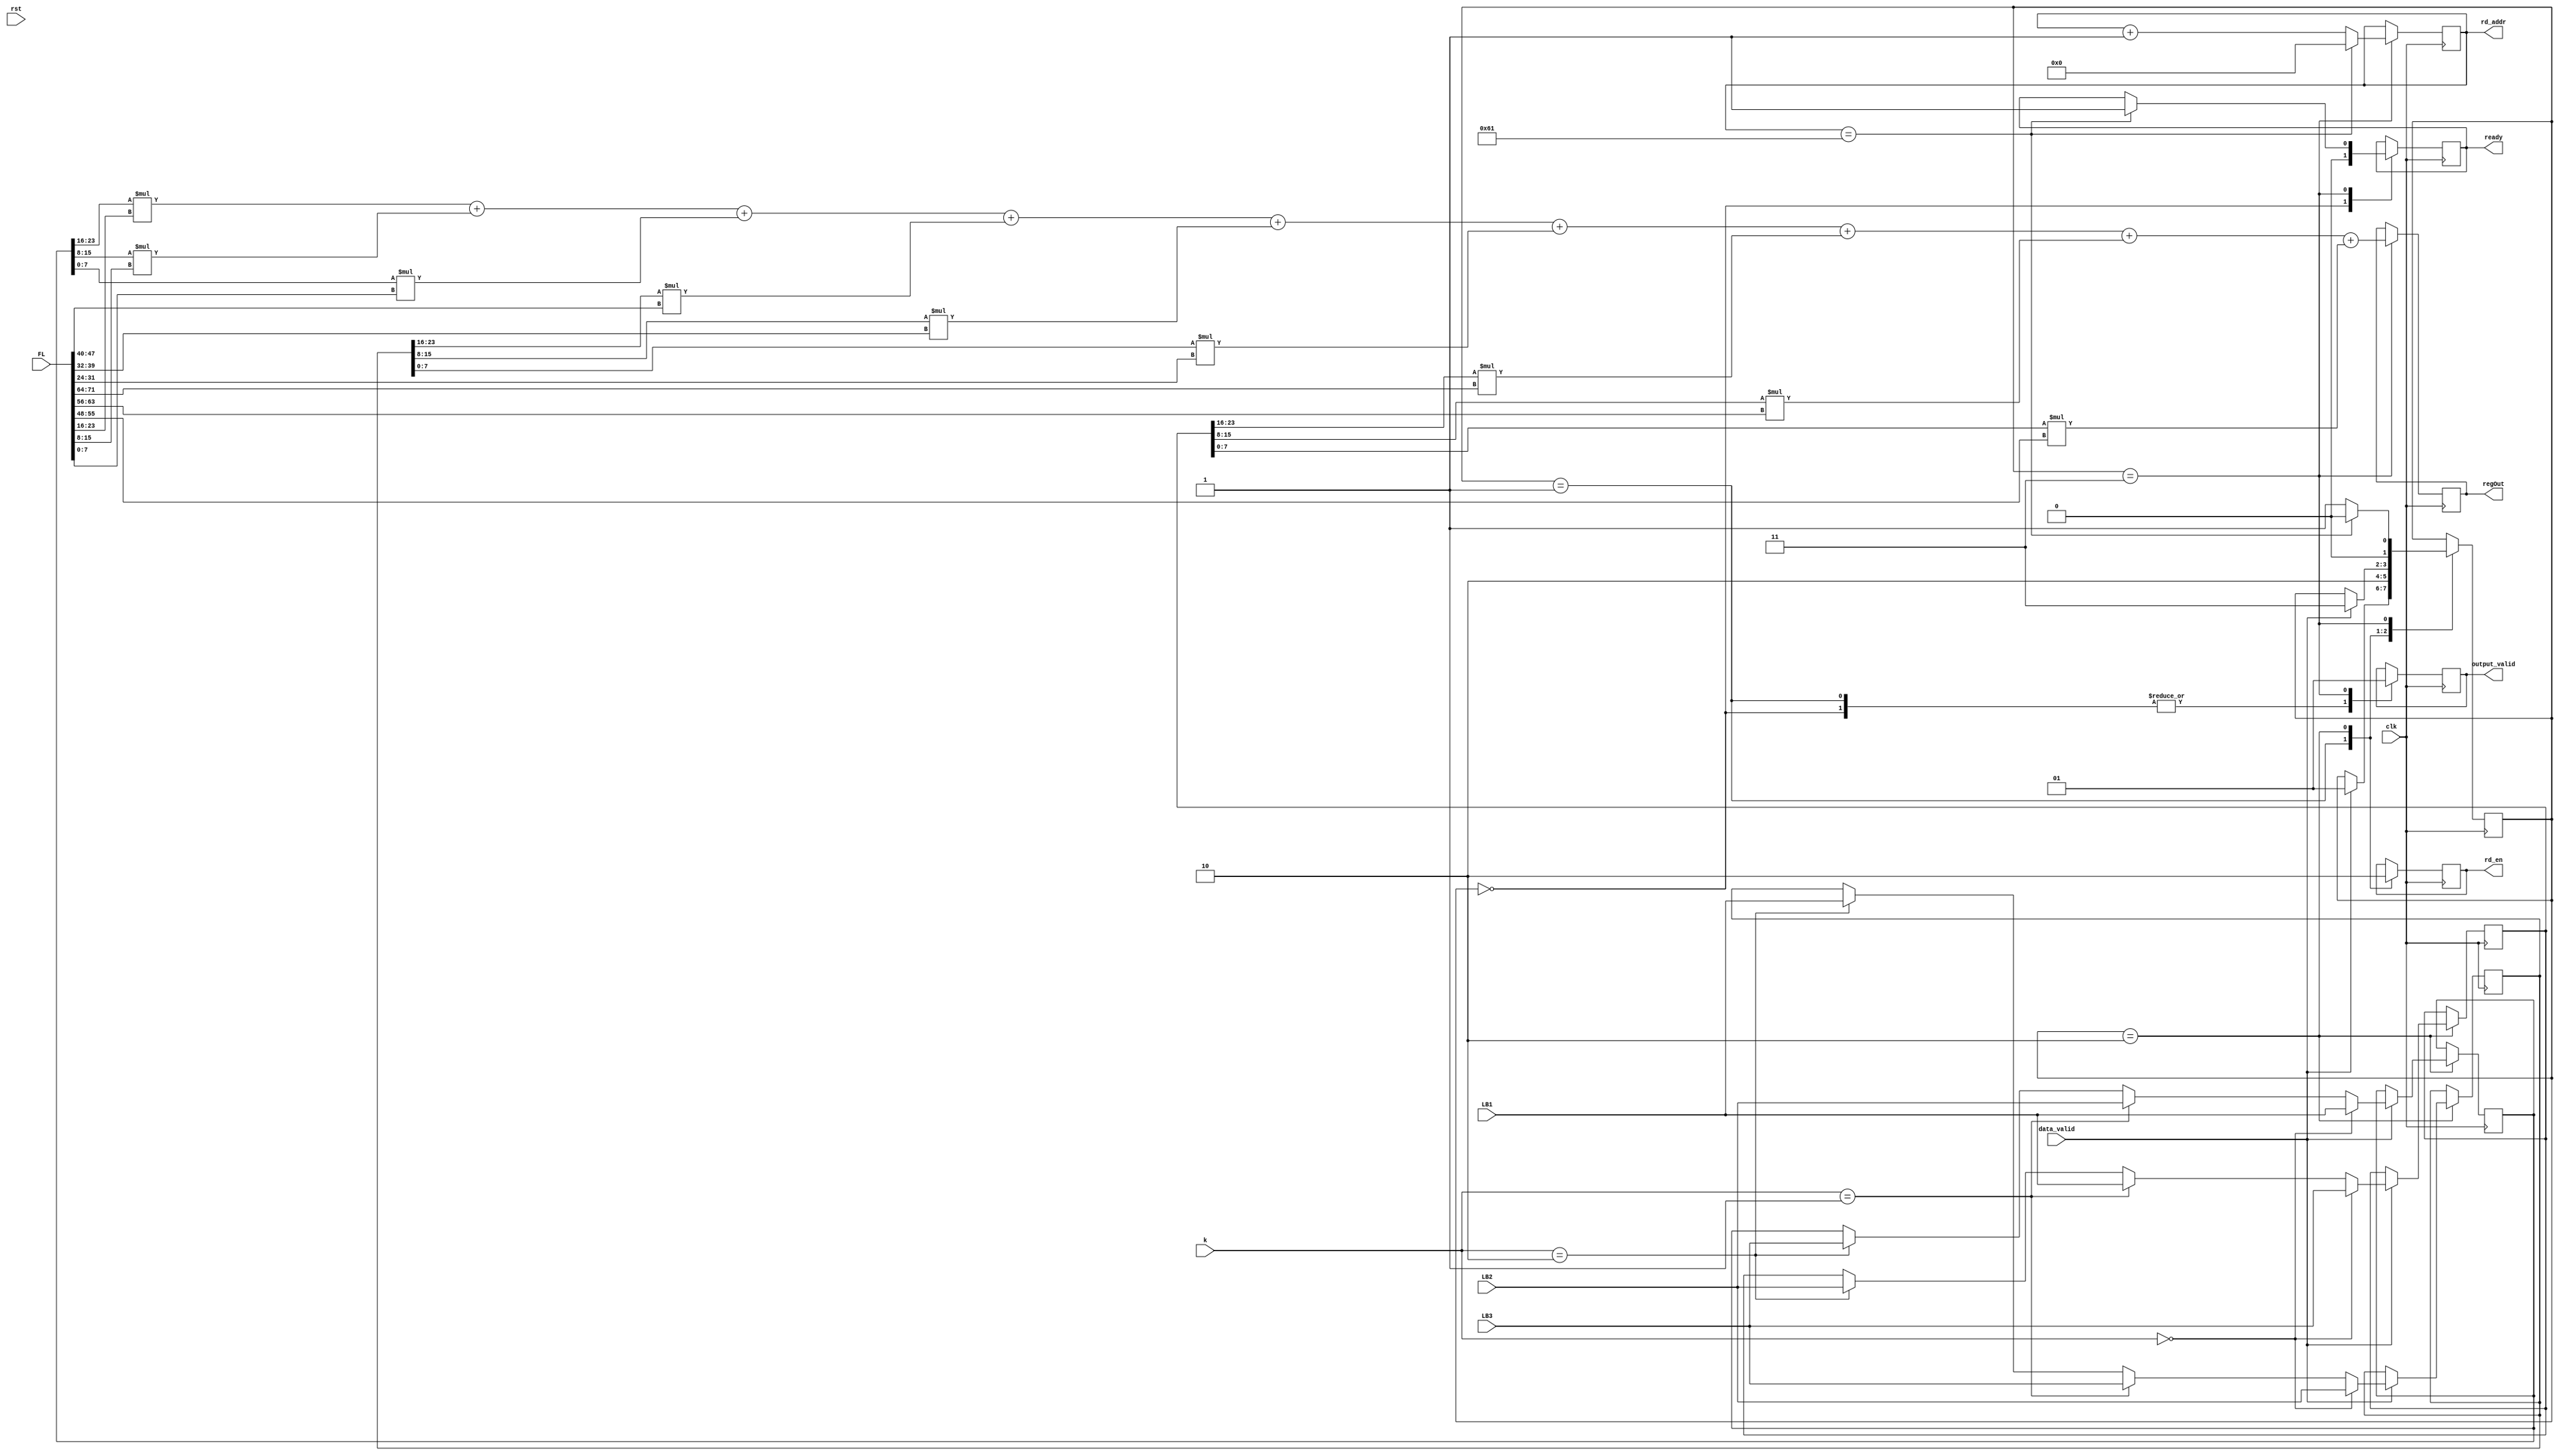
module LB_cl(
input wire clk,
input wire rst,
input wire data_valid,   //LB
input wire [23:0] LB1,
input wire [23:0] LB2,
input wire [23:0] LB3,
input wire [71:0] FL,
input wire [1:0] k,   //Conv
output reg rd_en,       //LB
output reg [6:0] rd_addr, // LB
output reg [15:0] regOut,// Conv
output reg output_valid, //Conv
output reg ready         //Conv
);

reg [1:0] state;
reg [23:0] regA;
reg [23:0] regB;
reg [23:0] regC;

//assign iter = k%3;
localparam IDLE = 2'b00,
		   READ = 2'b01,
		   WAIT =2'b10,
		   MAC = 2'b11;
		   
initial begin
	rd_en<=0;
    state<=IDLE;
    regOut<=0;
      rd_addr<=0;
end

always @(posedge clk)
begin
	case (state)
	IDLE:begin
        ready <= 0;
        output_valid<=0;
		if(data_valid) begin
         ready <= 0;
		 state<=READ;
		 output_valid<=0; end
	   end
	READ:begin
	         output_valid<=0;
	         rd_en<=1;
			state<=WAIT;
		end
	WAIT:begin
	       rd_en<=0;
		if(data_valid) begin
		   if(k==0) begin
		    regA <= LB1;
			regB <= LB2;
			regC <= LB3; end
		   else if(k==1) begin
			regA <= LB2;
			regB <= LB3;
			regC <= LB1; end
		   else if(k==2) begin
			regA <= LB3;
            regB <= LB1;
			regC <= LB2; end			
		   state<=MAC;
		 end
		end
	MAC:begin
	rd_addr<=rd_addr+1;
      regOut[15:0]<=(regA[23:16]*FL[23:16] + regA[15:8]*FL[15:8] + regA[7:0]*FL[7:0]+regB[23:16]*FL[47:40]+  regB[15:8]*FL[39:32] + regB[7:0]*FL[31:24]+ regC[23:16]*FL[71:64] +regC[15:8]*FL[63:56] + regC[7:0]*FL[55:48]) ;
      output_valid<=1;
      if(rd_addr==97) begin
        ready <= 1;
        rd_addr<=0;
		state<=IDLE; end
	  else
		state<=READ;
	 end
	endcase
end
endmodule